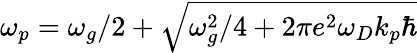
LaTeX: \omega_{p}=\omega_{g}/2+\sqrt{\omega_{g}^{2}/4+2\pi e^{2}\omega_{D}k_{p}\hbar}